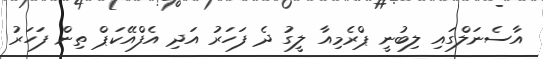
އާސެނަލްގައި ލިބުނީ ޕްރެމިއާ ލީގު ދެ ފަހަރު އަދި އެފްއޭކަޕް ތިން ފަހަރު